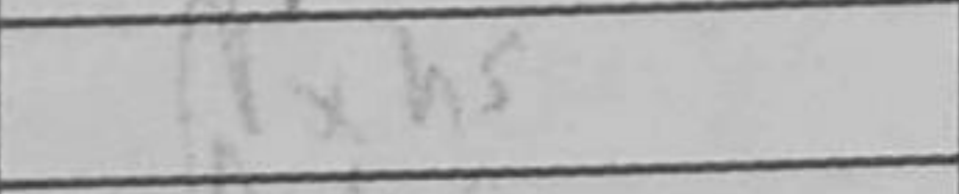
Transcription: Nxh5